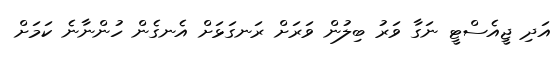
އަދި ޖީއެސްޓީ ނަގާ ވަރު ބިލުން ވަރަށް ރަނގަޅަށް އެނގެން ހުންނާނެ ކަމަށް